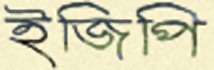
ইজিপি